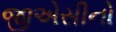
જીએસીનો